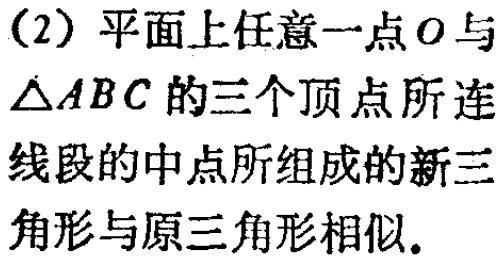
(2) 平面上任意一点\(O\)与\(\triangle ABC\)的三个顶点所连线段的中点所组成的新三角形与原三角形相似.